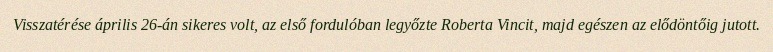
Visszatérése április 26-án sikeres volt, az első fordulóban legyőzte Roberta Vincit, majd egészen az elődöntőig jutott.